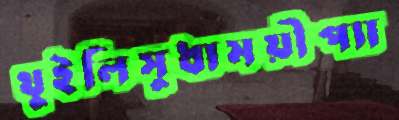
থুইলিসুধাময়ীপ্যা